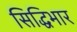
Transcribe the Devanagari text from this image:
सिद्धिभार